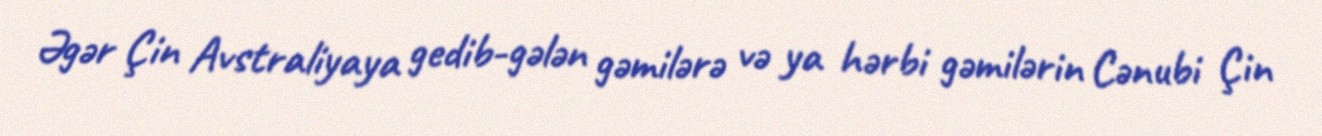
Əgər Çin Avstraliyaya gedib-gələn gəmilərə və ya hərbi gəmilərin Cənubi Çin